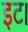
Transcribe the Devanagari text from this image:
इट।